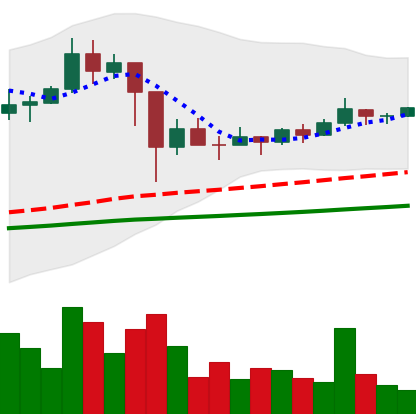
Ticker: TRX-USD
Chart end date: 2021-03-07
Forward return: -3.248%
Label: down_3_5